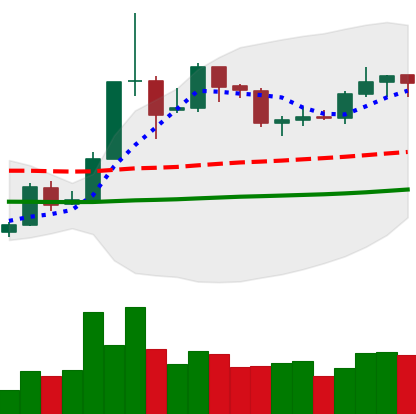
Ticker: XLM-USD
Chart end date: 2019-05-29
Forward return: -4.768%
Label: down_3_5